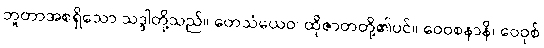
ဘူတာအစရှိသော သဒ္ဒါတို့သည်။ တေသံယေဝ၊ ထိုဇာတတို့၏ပင်။ ဝေဝစနာနိ၊ ဝေဝုစ်